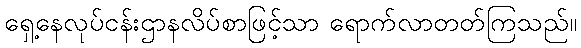
ရှေ့နေလုပ်ငန်းဌာနလိပ်စာဖြင့်သာ ရောက်လာတတ်ကြသည်။